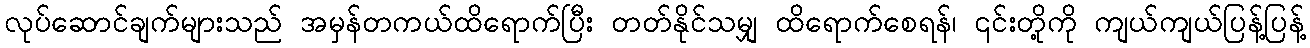
လုပ်ဆောင်ချက်များသည် အမှန်တကယ်ထိရောက်ပြီး တတ်နိုင်သမျှ ထိရောက်စေရန်၊ ၎င်းတို့ကို ကျယ်ကျယ်ပြန့်ပြန့်